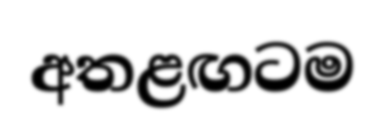
අතළඟටම